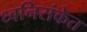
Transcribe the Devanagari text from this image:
ध्वनिसंकेत